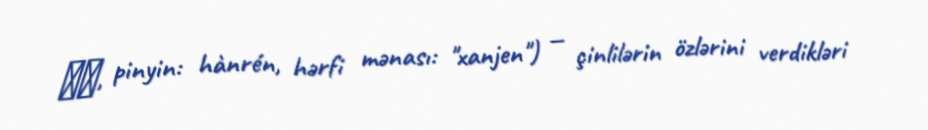
汉人, pinyin: hànrén, hərfi mənası: "xanjen") — çinlilərin özlərini verdikləri